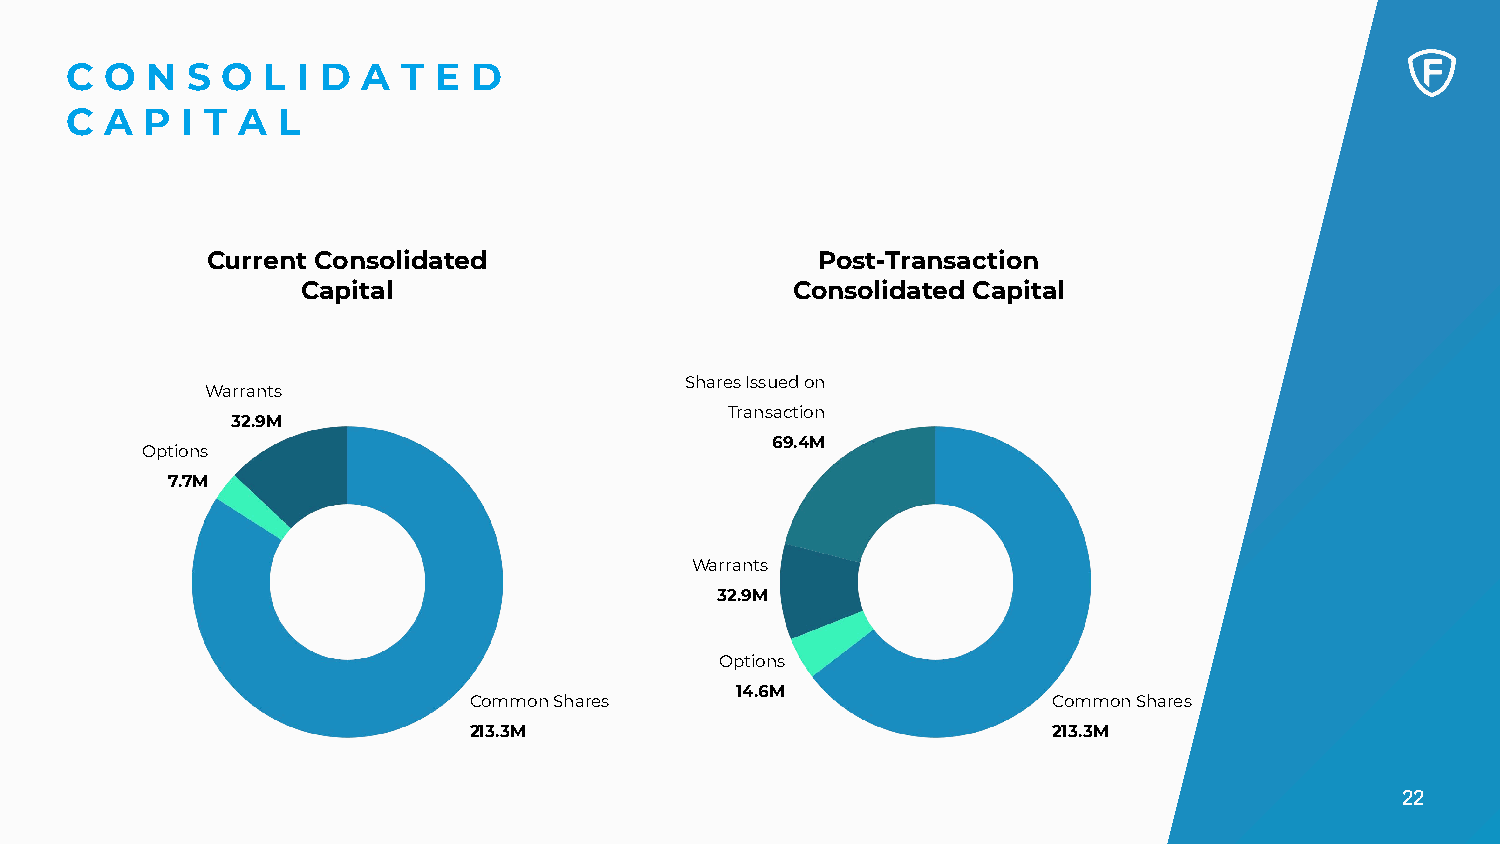
C  O  N S  O  L I D A  T E D
 C  A  P I T A L
 Current Consolidated                    Post-Transaction
 Capital                         Consolidated Capital
 Shares Issued on
 Warrants
 Transaction
 32.9M
 69.4M
 Options
 7.7M
 Warrants
 32.9M
 Options
 14.6M
 Common Shares                          Common Shares
 213.3M                                 213.3M
 22